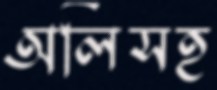
অলিসহ